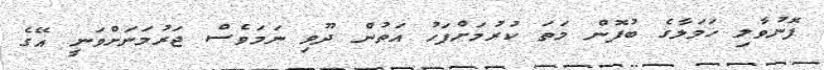
ފޮނުވާލި ހަމަލާގެ ބުފޮން މަތަ ކުރުމަށްފަހު އަތުން ދޫވި ނަމަވެސް ޖަރުމަނަށްވަނީ އޭގެ